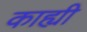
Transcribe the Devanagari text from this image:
काह्यी